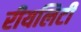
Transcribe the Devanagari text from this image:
रीयलिटी